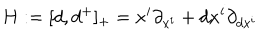
H : = [ d , d ^ { + } ] _ { + } = x ^ { i } \partial _ { x ^ { i } } + d x ^ { i } \partial _ { d x ^ { i } }